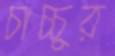
চাচ্চুর